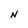
Character: N